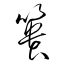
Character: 簣